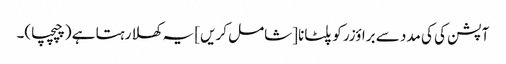
آپشن کی کی مدد سے براؤزر کو پلٹانا [شامل کریں] یہ کھلا رہتا ہے (چپچپا)۔